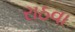
રાઠવા